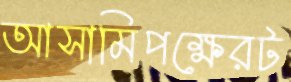
আসামিপক্ষেরট